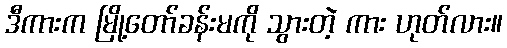
ဒီကားက မြို့တော်ခန်းမကို သွားတဲ့ ကား ဟုတ်လား။